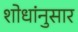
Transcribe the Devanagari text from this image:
शोधांनुसार